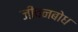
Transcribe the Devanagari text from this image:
जीवनबोध